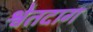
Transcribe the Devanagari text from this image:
श्वेतदाग